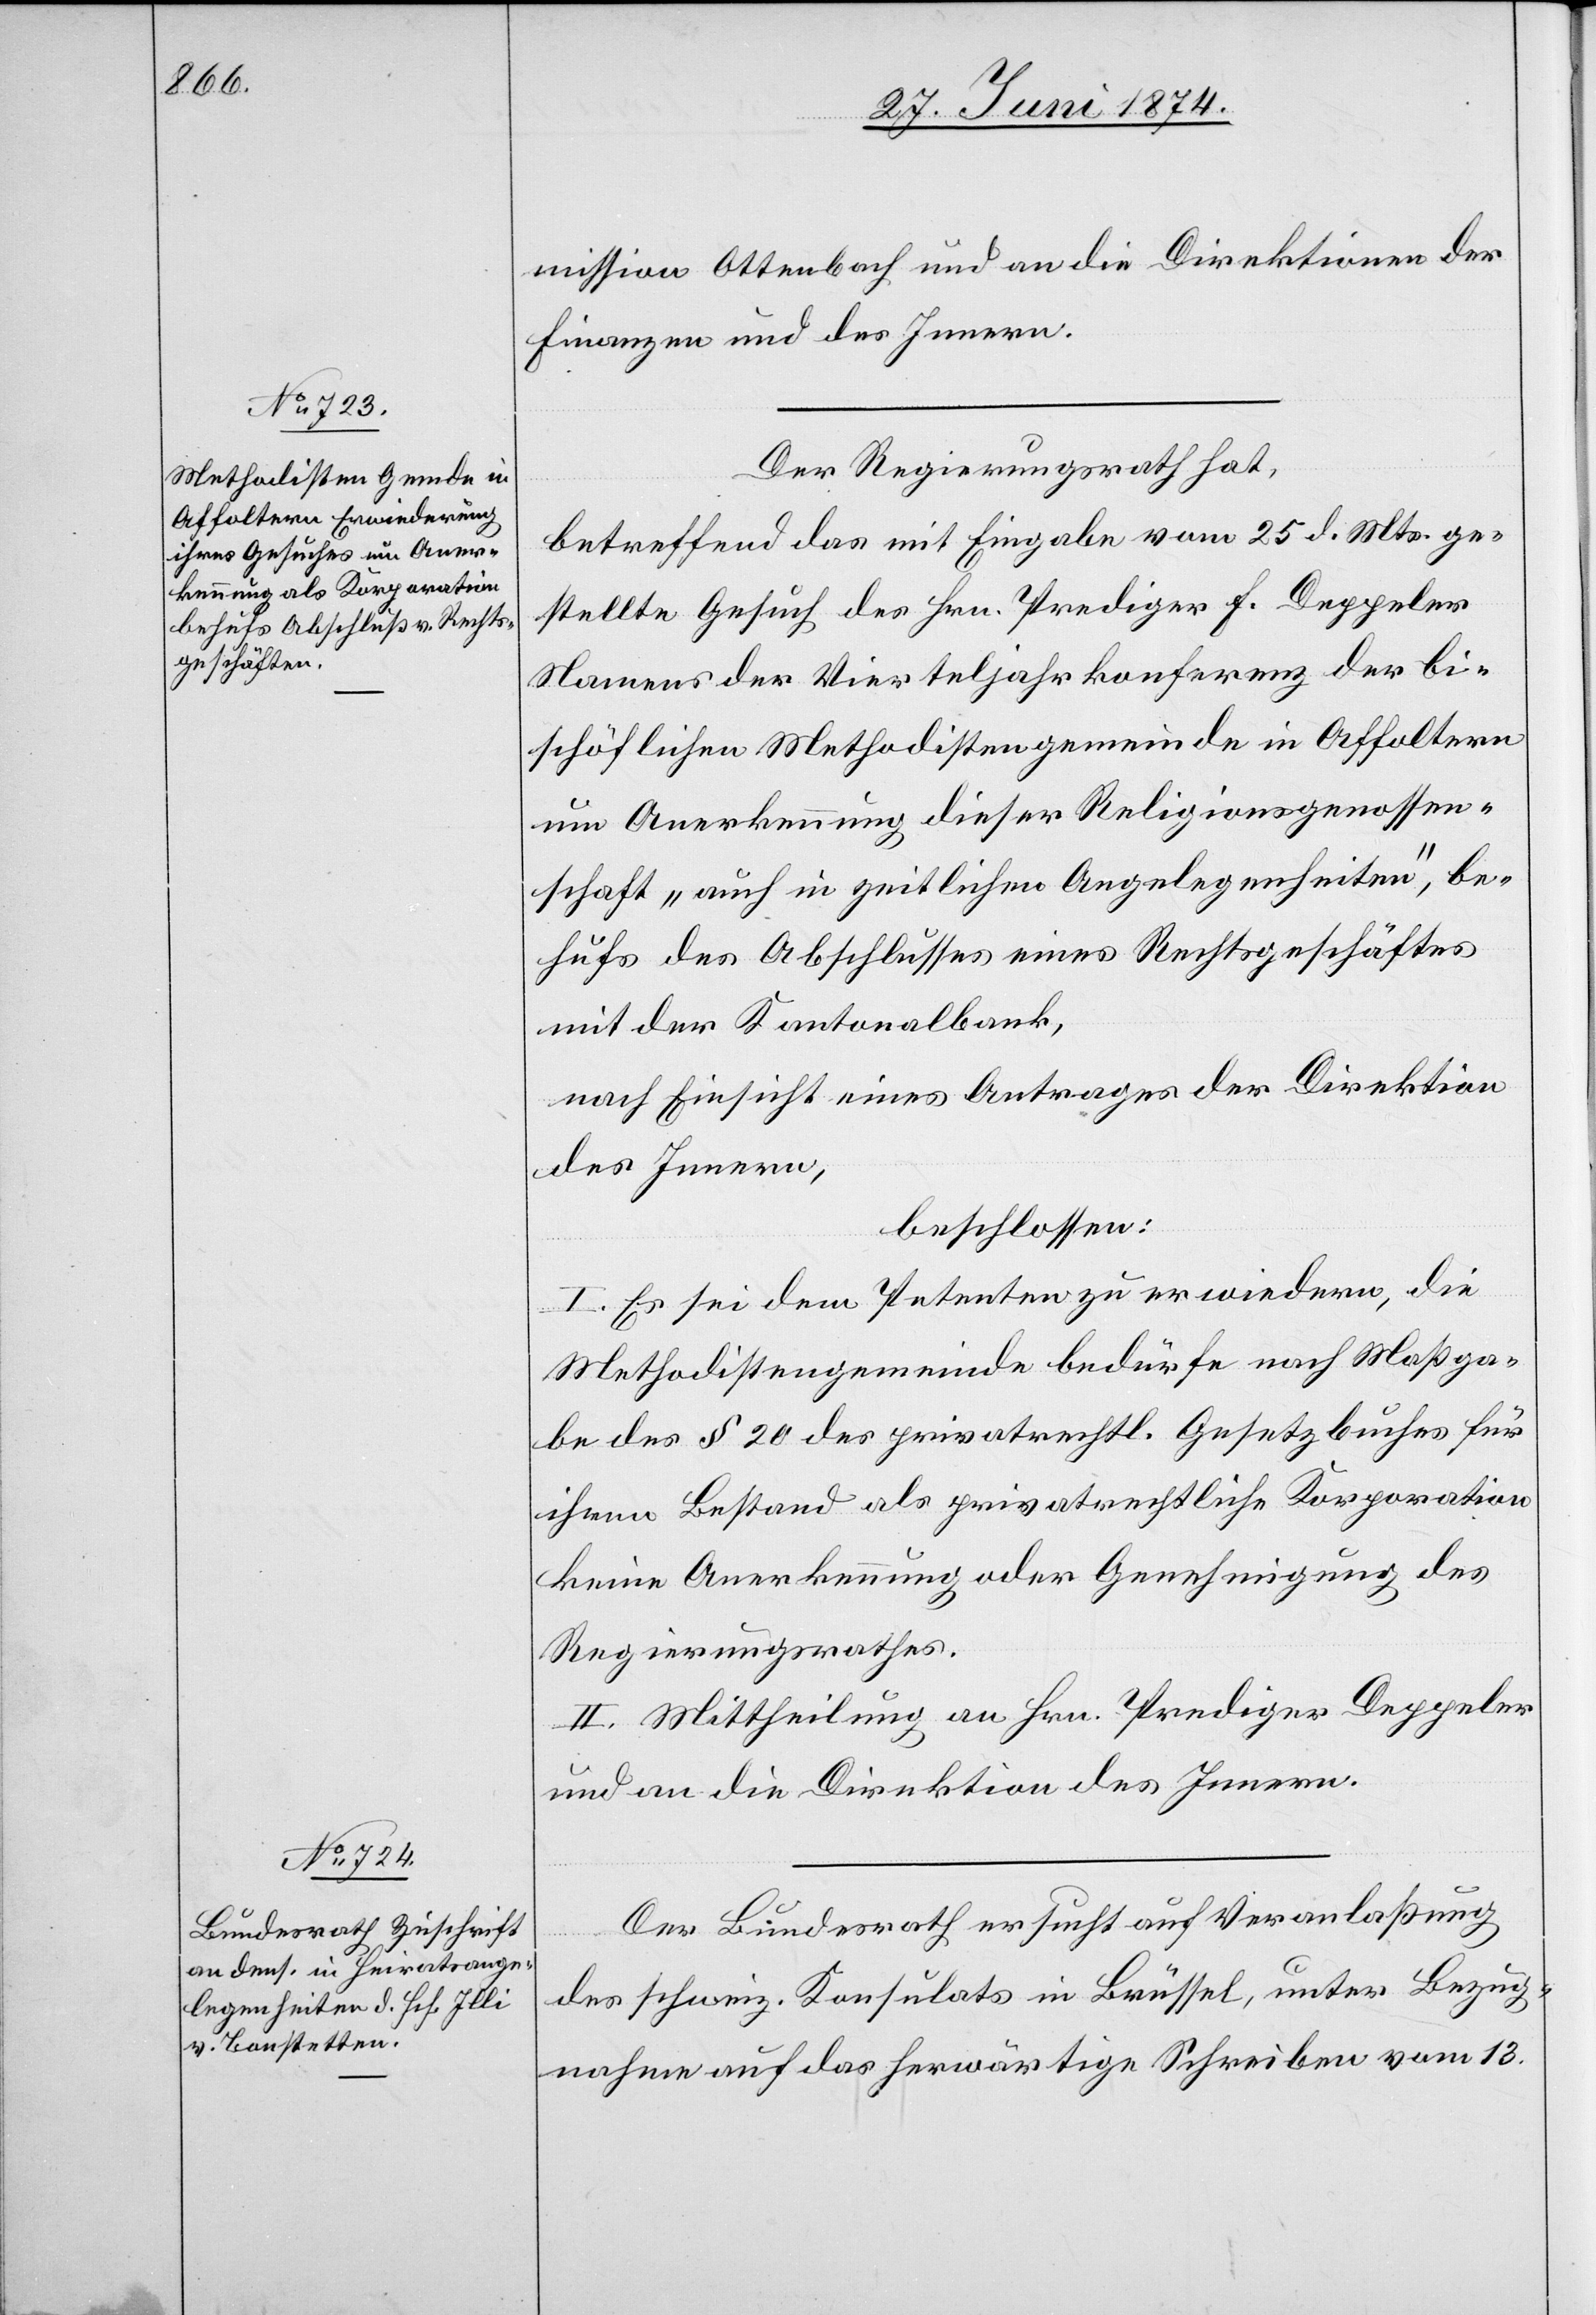
mission Ottenbach und an die Direktionen der
Finanzen und des Innern.
Der Regierungsrath hat,
betreffend das mit Eingabe vom 25. d. Mts. ge¬
stellte Gesuch des Hrn. Prediger F. Deppeler
Namens der Vierteljahrkonferenz der bi¬
schöflichen Methodistengemeinde in Affoltern
um Anerkennung dieser Religionsgenossen¬
schaft „auch in zeitlichen Angelegenheiten“, be¬
hufs des Abschlusses eines Rechtsgeschäftes
mit der Kantonalbank,
nach Einsicht eines Antrages der Direktion
des Innern,
beschlossen:
I. Es sei dem Petenten zu erwiedern, die
Methodistengemeinde bedürfe nach Maßga¬
be des § 20 des privatrechtl. Gesetzbuches für
ihren Bestand als privatrechtliche Korporation
keine Anerkennung oder Genehmigung des
Regierungsrathes.
II. Mittheilung an Hrn. Prediger Deppeler
und an die Direktion des Innern.
Der Bundesrath ersucht auf Veranlaßung
des schweiz. Konsulats in Brüssel, unter Bezug¬
nahme auf das herwärtige Schreiben vom 13.